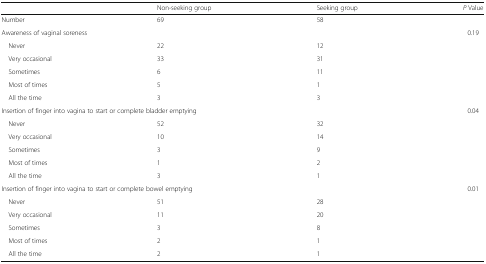
<table><thead><tr><td></td><td><b>Non-seeking group</b></td><td><b>Seeking group</b></td><td><b><i>P</i> Value</b></td></tr></thead><tbody><tr><td>Number</td><td>69</td><td>58</td><td></td></tr><tr><td colspan="3">Awareness of vaginal soreness</td><td>0.19</td></tr><tr><td> Never</td><td>22</td><td>12</td><td></td></tr><tr><td> Very occasional</td><td>33</td><td>31</td><td></td></tr><tr><td> Sometimes</td><td>6</td><td>11</td><td></td></tr><tr><td> Most of times</td><td>5</td><td>1</td><td></td></tr><tr><td> All the time</td><td>3</td><td>3</td><td></td></tr><tr><td colspan="3">Insertion of finger into vagina to start or complete bladder emptying</td><td>0.04</td></tr><tr><td> Never</td><td>52</td><td>32</td><td></td></tr><tr><td> Very occasional</td><td>10</td><td>14</td><td></td></tr><tr><td> Sometimes</td><td>3</td><td>9</td><td></td></tr><tr><td> Most of times</td><td>1</td><td>2</td><td></td></tr><tr><td> All the time</td><td>3</td><td>1</td><td></td></tr><tr><td colspan="3">Insertion of finger into vagina to start or complete bowel emptying</td><td>0.01</td></tr><tr><td> Never</td><td>51</td><td>28</td><td></td></tr><tr><td> Very occasional</td><td>11</td><td>20</td><td></td></tr><tr><td> Sometimes</td><td>3</td><td>8</td><td></td></tr><tr><td> Most of times</td><td>2</td><td>1</td><td></td></tr><tr><td> All the time</td><td>2</td><td>1</td><td></td></tr></tbody></table>